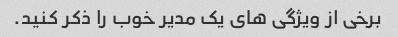
برخی از ویژگی های یک مدیر خوب را ذکر کنید.